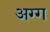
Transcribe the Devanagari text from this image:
अग्ग